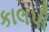
કાલપી